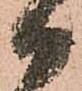
御